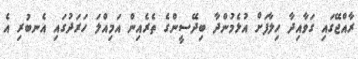
ރާއްޖޭގައި ގަވާއިދާ ހިލާފަށް އުޅެމުންދާ ބިދޭސީންގެ ތެރެއިން އަމިއްލަ ހަރަދުގައި އެނބުރި އެ